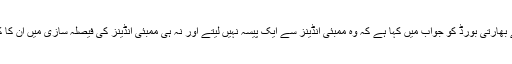
سابق کرکٹر نے بھارتی بورڈ کو جواب میں کہا ہے کہ وہ ممبئی انڈینز سے ایک پیسہ نہیں لیتے اور نہ ہی ممبئی انڈینز کی فیصلہ سازی میں ان کا کوئی کردار ہے۔